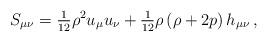
LaTeX: \begin{align*}S_{\mu\nu}={\textstyle{1\over12}}\rho^2u_\mu u_\nu+{\textstyle{1\over12}}\rho\left(\rho+2 p\right)h_{\mu\nu}\,,\end{align*}